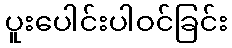
ပူးပေါင်းပါဝင်ခြင်း